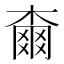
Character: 𣙡